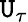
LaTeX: \mathtt{U}_{\tau}